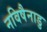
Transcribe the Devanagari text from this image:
नविषैनाडु